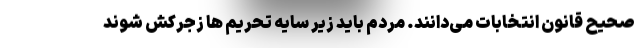
صحیح قانون انتخابات می‌دانند. مردم باید زیر سایه تحریم ها زجرکش شوند